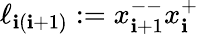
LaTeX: \ell_{\mathbf{i}(\mathbf{i}+1)}:=x_{\mathbf{i}+1}^{--}x_{\mathbf{i}}^{+}